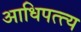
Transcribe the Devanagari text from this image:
आधिपत्त्य